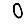
Digit: 0